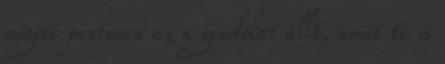
mögött pontosan az a gondolat állt, amit te is